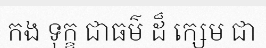
កង ទុក្ខ ជាធម៌ ដ៏ ក្សេម ជា